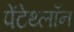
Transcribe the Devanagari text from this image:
पेंटेथ्लॉन